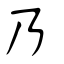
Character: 乃